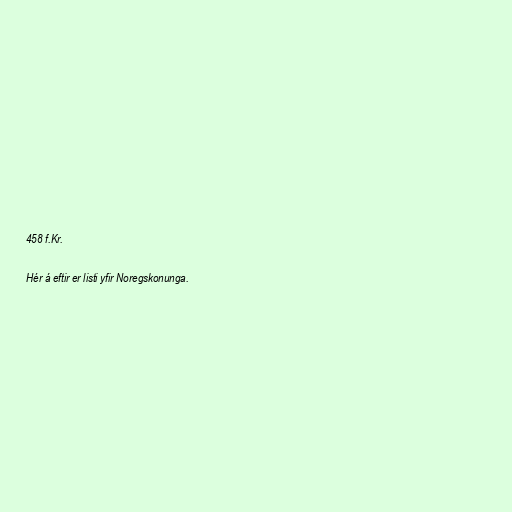
458 f.Kr.

Hér á eftir er listi yfir Noregskonunga.